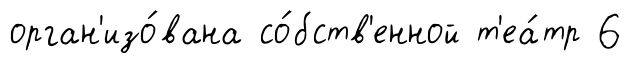
орган'изо́вана со́бств'енной т'еа́тр 6